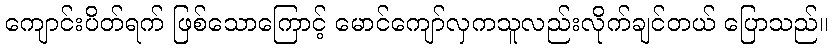
ကျောင်းပိတ်ရက် ဖြစ်သောကြောင့် မောင်ကျော်လှကသူလည်းလိုက်ချင်တယ် ပြောသည်။